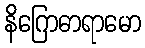
နိဂြောဓာရာမော